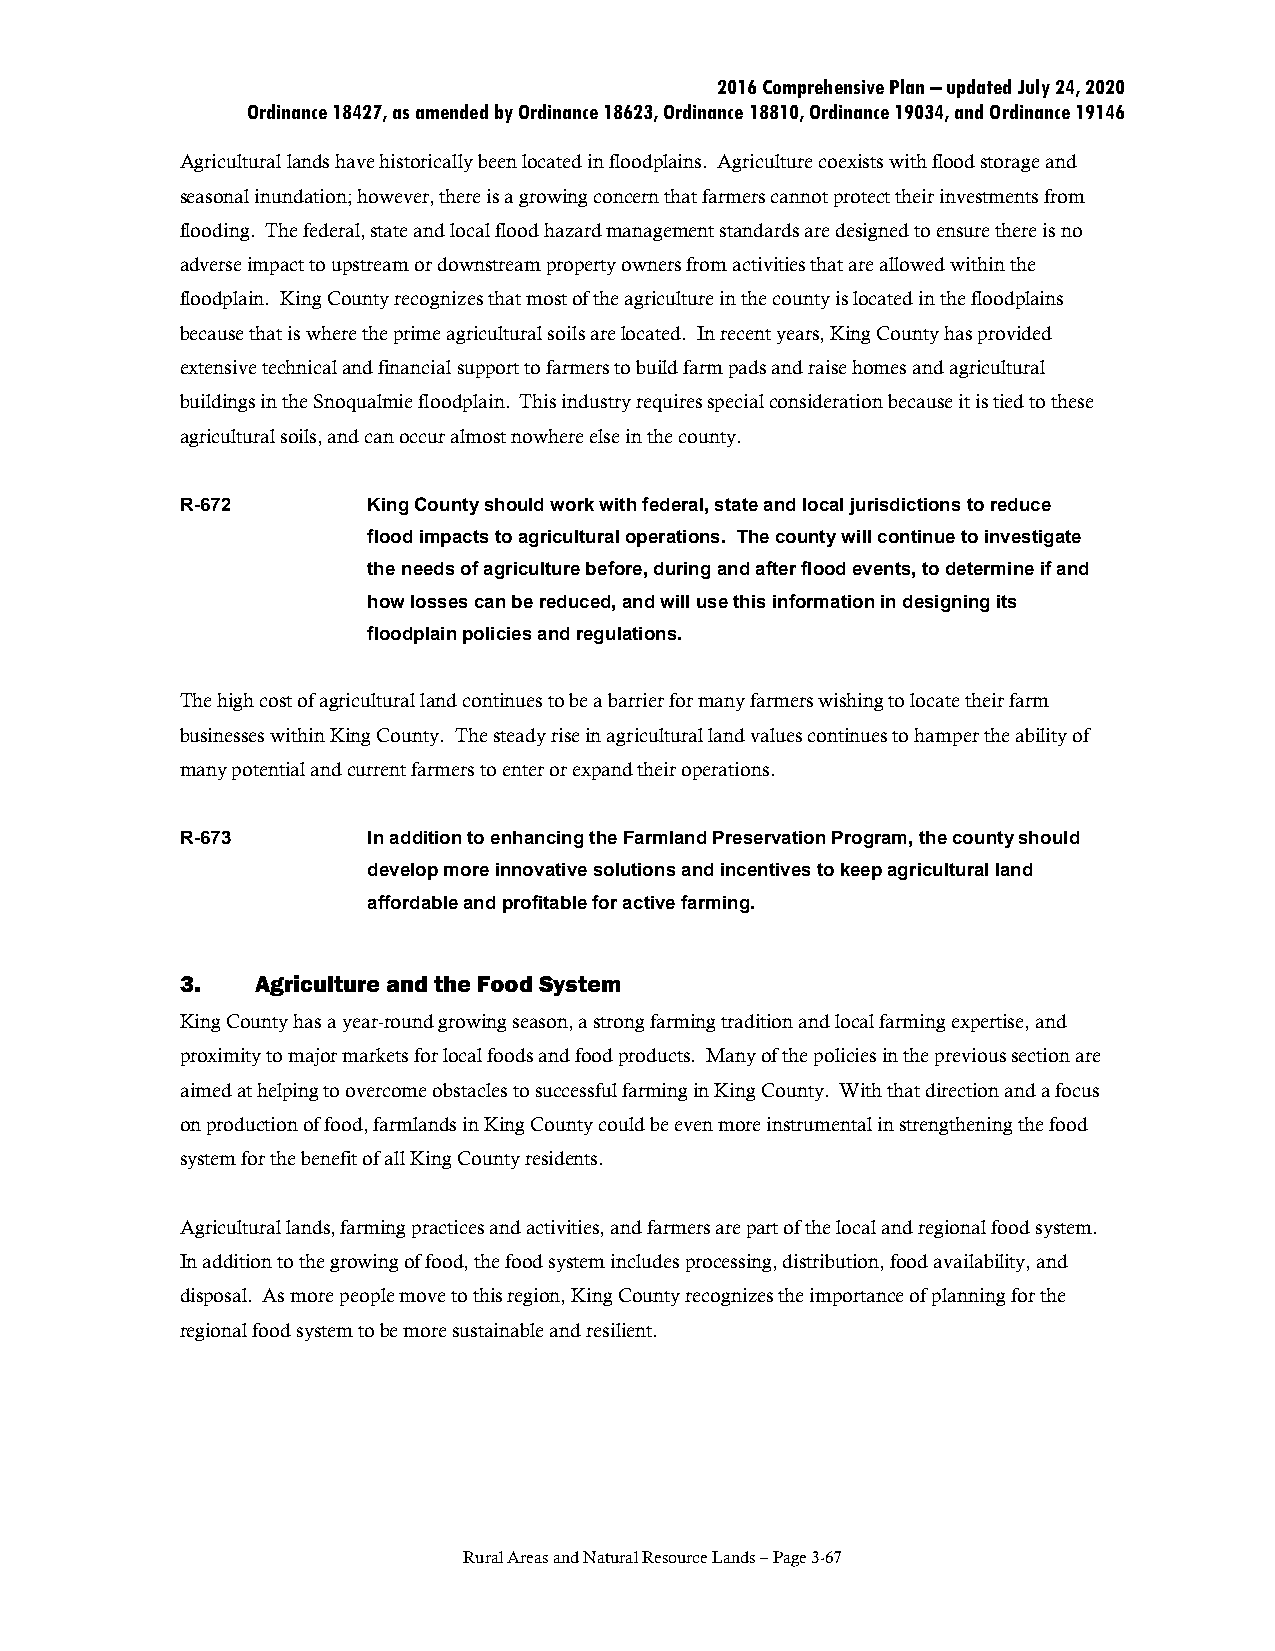
2016 Comprehensive Plan – updated July 24, 2020
 Ordinance 18427, as amended by Ordinance 18623, Ordinance 18810, Ordinance 19034, and Ordinance 19146
 Agricultural lands have historically been located in floodplains. Agriculture coexists with flood storage and
 seasonal inundation; however, there is a growing concern that farmers cannot protect their investments from
 flooding. The federal, state and local flood hazard management standards are designed to ensure there is no
 adverse impact to upstream or downstream property owners from activities that are allowed within the
 floodplain. King County recognizes that most of the agriculture in the county is located in the floodplains
 because that is where the prime agricultural soils are located. In recent years, King County has provided
 extensive technical and financial support to farmers to build farm pads and raise homes and agricultural
 buildings in the Snoqualmie floodplain. This industry requires special consideration because it is tied to these
 agricultural soils, and can occur almost nowhere else in the county.
 R-672       King County should work with federal, state and local jurisdictions to reduce
 flood impacts to agricultural operations. The county will continue to investigate
 the needs of agriculture before, during and after flood events, to determine if and
 how losses can be reduced, and will use this information in designing its
 floodplain policies and regulations.
 The high cost of agricultural land continues to be a barrier for many farmers wishing to locate their farm
 businesses within King County. The steady rise in agricultural land values continues to hamper the ability of
 many potential and current farmers to enter or expand their operations.
 R-673       In addition to enhancing the Farmland Preservation Program, the county should
 develop more innovative solutions and incentives to keep agricultural land
 affordable and profitable for active farming.
 3.   Agriculture and the Food System
 King County has a year-round growing season, a strong farming tradition and local farming expertise, and
 proximity to major markets for local foods and food products. Many of the policies in the previous section are
 aimed at helping to overcome obstacles to successful farming in King County. With that direction and a focus
 on production of food, farmlands in King County could be even more instrumental in strengthening the food
 system for the benefit of all King County residents.
 Agricultural lands, farming practices and activities, and farmers are part of the local and regional food system.
 In addition to the growing of food, the food system includes processing, distribution, food availability, and
 disposal. As more people move to this region, King County recognizes the importance of planning for the
 regional food system to be more sustainable and resilient.
 Rural Areas and Natural Resource Lands – Page 3-67